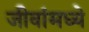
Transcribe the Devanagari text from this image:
जीवांमध्ये